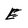
Character: E